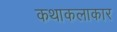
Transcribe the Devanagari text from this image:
कथाकलाकार